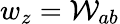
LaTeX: w_{z}=\mathcal{W}_{ab}